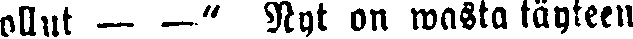
ollut — —" Nyt on wasta täyteen